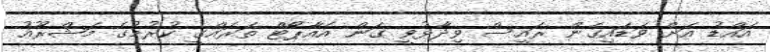
އައްޑު އަށް ވަޑައިގެން ރައީސް ވިދާޅުވީ ގަން އެއާޕޯޓް ތަރައްގީ ކުރުމުގެ މަޝްރޫއު